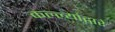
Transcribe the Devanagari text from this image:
कल्ल्यांद्वारे